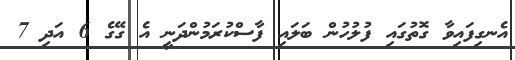
އެނގިފައިވާ ގޮތުގައި ފުލުހުން ބަލައި ފާސްކުރަމުންދަނީ އެ ގޭގެ 6 އަދި 7